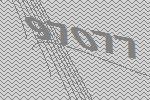
97077